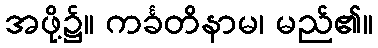
အဖို့၌။ ကင်္ခတိနာမ၊ မည်၏။